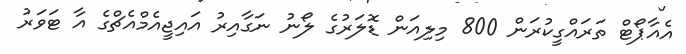
އެއާޕޯޓް ތަރައްގީކުރަން 800 މިލިއަން ޑޮލަރުގެ ލޯނު ނަގާއިރު އައިޖީއެމްއެޗްގެ އާ ޓަވަރު